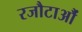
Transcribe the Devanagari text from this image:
रजौटाऔं